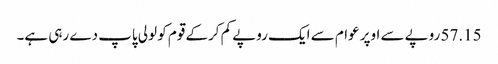
57.15 روپے سے اوپر عوام سے ایک روپے کم کرکے قوم کو لولی پاپ دے رہی ہے۔